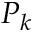
P _ { k }